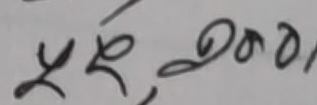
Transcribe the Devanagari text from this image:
यद्रोण